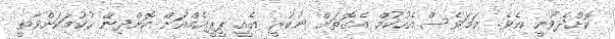
ކޮށްދެވުނީ އެވެ. ނަމަވެސް އެހުކުމް އެގޮތަށް ނުކުރީ އެއީ ޕީޕީއެމްއަށް ކޮށްދިން ހުކުމަކަށްވާތީ